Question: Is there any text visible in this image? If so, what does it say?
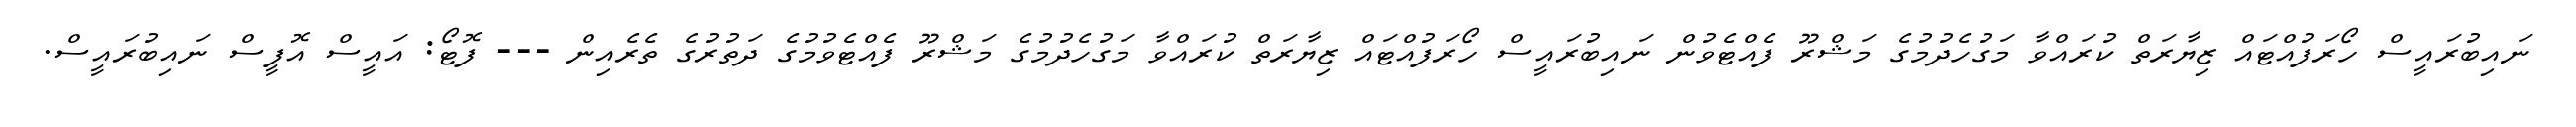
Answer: ނައިބުރައީސް ހޯރަފުއްޓައް ޒިޔާރަތް ކުރައްވާ މަގުހެދުމުގެ މަޝްރޫ ފެއްޓެވުން ނައިބުރައީސް ހޯރަފުއްޓައް ޒިޔާރަތް ކުރައްވާ މަގުހެދުމުގެ މަޝްރޫ ފެއްޓެވުމުގެ ދަތުރުގެ ތެރެއިން --- ފޮޓޯ: އައީސް އޮފީސް ނައިބުރައީސް.